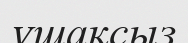
ұшақсыз